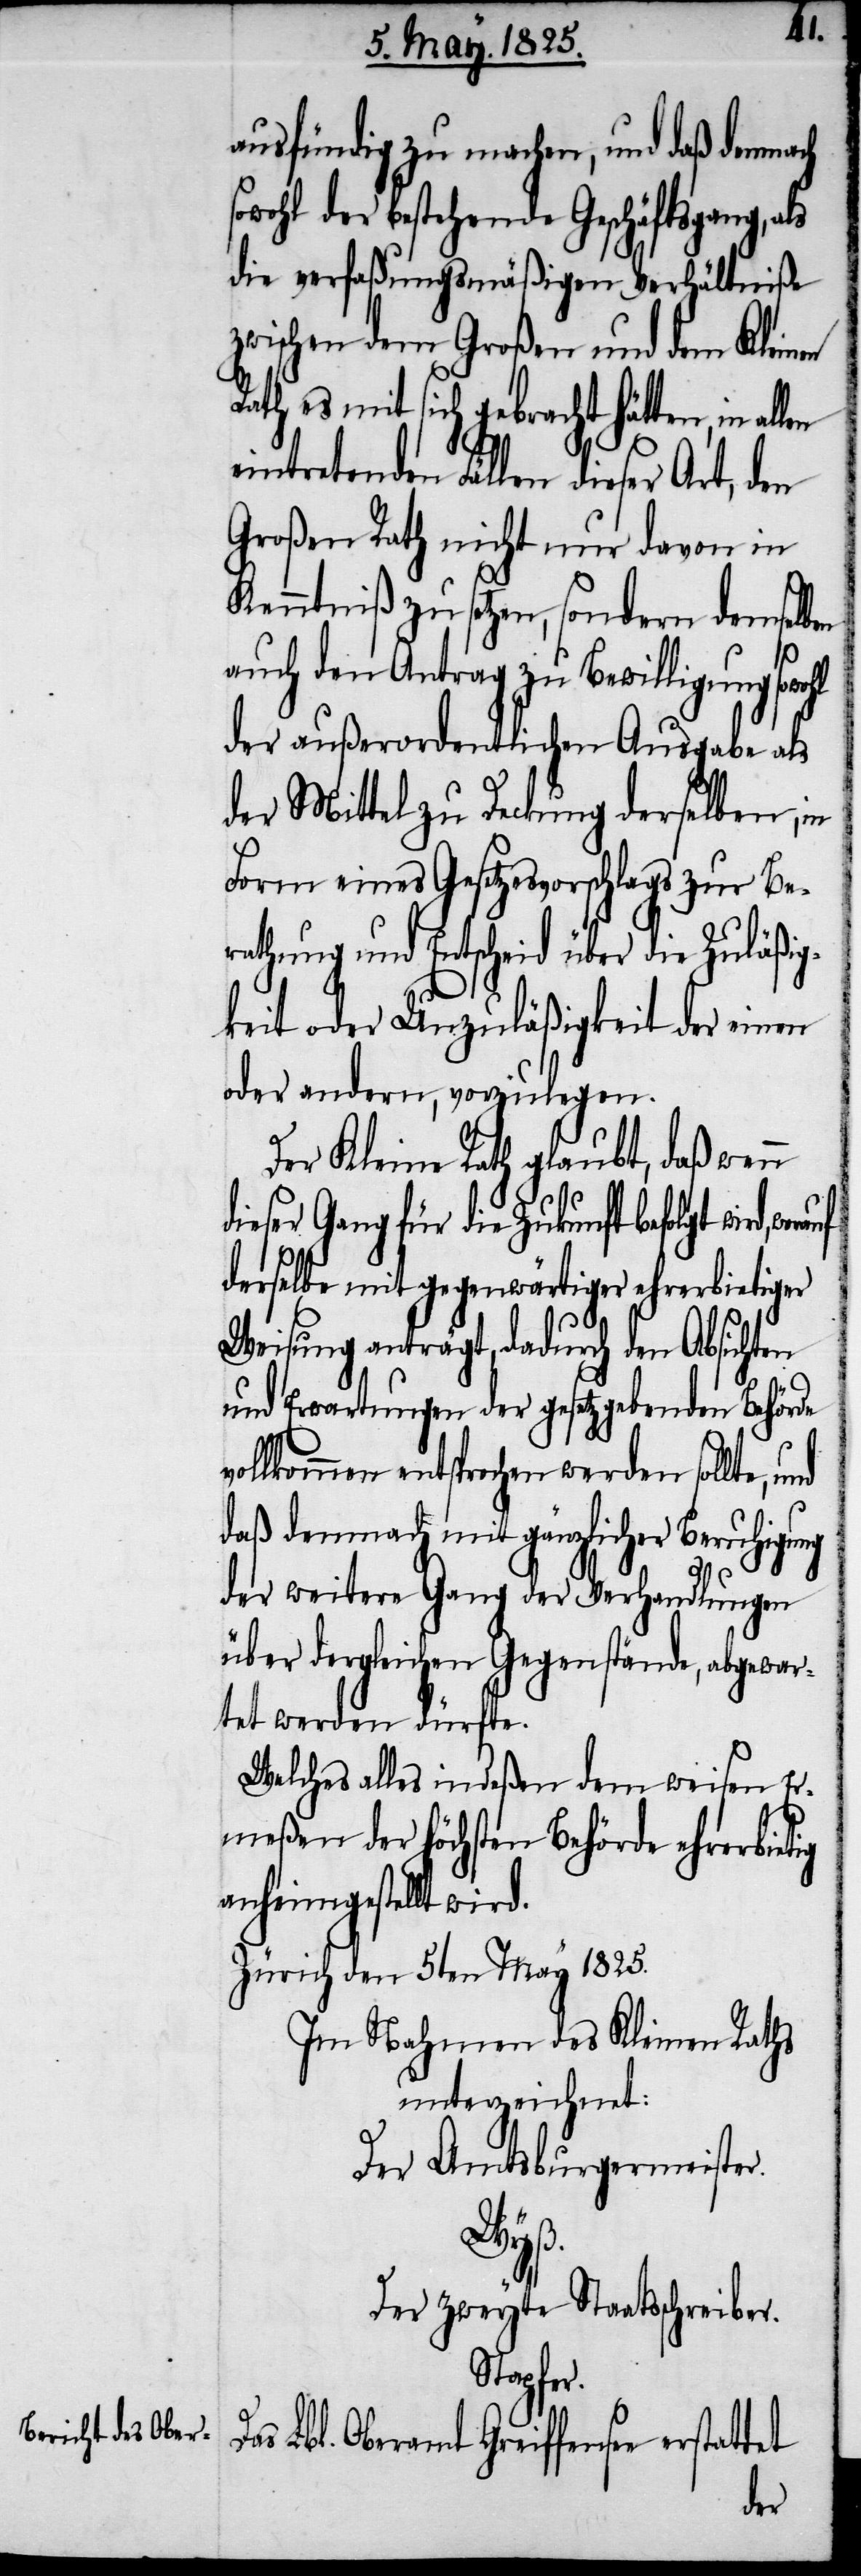
ausfündig zu machen, und daß demnach
der bestehende Geschäftsgang,
die verfaßungsmäßigen Verhältniße
zwischen dem Großen und dem Kleinen
Rath es mit sich gebracht hätten, in
eintretenden Fällen dieser Art, den
Großen Rath nicht nur davon in
Kenntniß zu setzen, sondern demselben
auch den Antrag zu Bewilligung
der außerordentlichen Ausgabe als
der Mittel zu Deckung derselben, in
Form eines Gesetzesvorschlages zur Be¬
rathung und Entscheid über die Zuläßig¬
keit oder Unzuläßigkeit der einen
oder andern, vorzulegen.
Der Kleine Rath glaubt, daß wenn
dieser Gang für die Zukunft befolgt wird,
derselbe mit gegenwärtiger ehrerbietiger
Weisung anträgt, dadurch den Absichten
und Erwartungen der gesetzgebenden Behörde
vollkommen entsprechen werden sollte,
daß demnach mit gänzlicher Beruhigung
der weitere Gang der Verhandlungen
über dergleichen Gegenstände, abgewar¬
tet werden dürfte.
Welches alles indeßen dem weisen Er¬
meßen der höchsten Behörde ehrerbietig
anheimgestellt wird.
Zürich den 5ten May 1825.
Im Nahmen des Kleinen Raths
unterzeichen:
Der Amtsburgermeister.
Da¬
Der zweyte Staatsschreiber.
Stapfer.
s Lbl. Oberamt Greiffensee erstattet